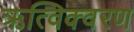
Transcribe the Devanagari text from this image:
ऋत्विक्वरण